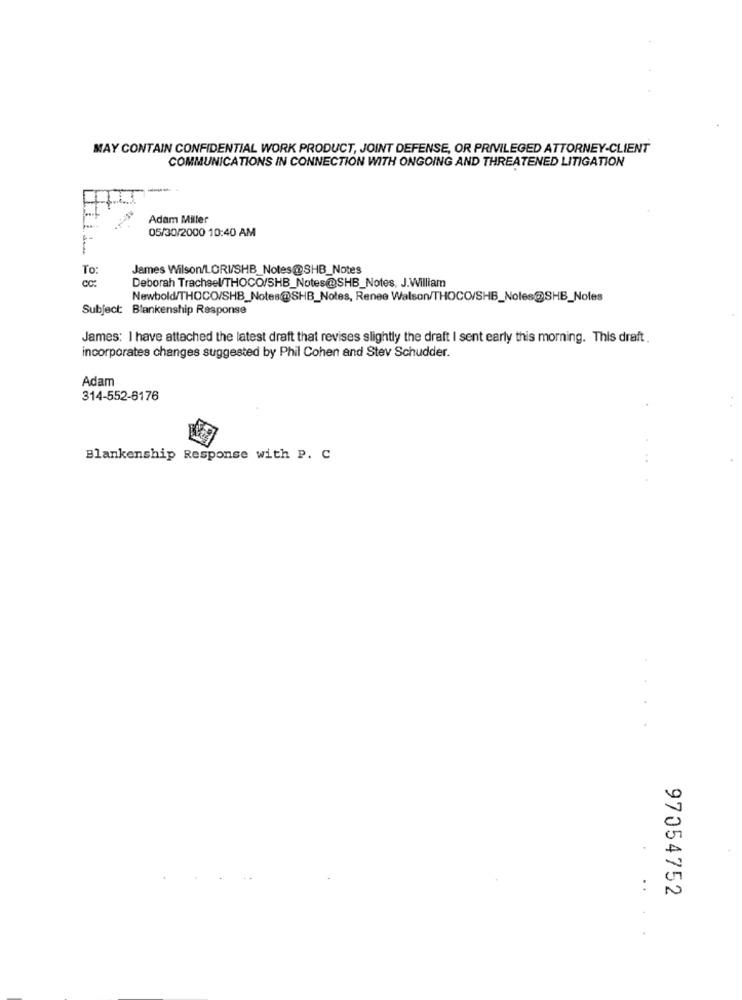
MAY CONTAIN CONFIDENTIAL WORK PRODUCT, JOINT DEFENSE, OR PRIVILEGED ATTORNEY-CLIENT
COMMUNICATIONS IN CONNECTION WITH ONGOING AND THREATENED LITIGATION
Adam Miller
05/30/2000 10:40 AM
To:
James Wilson/LORI/SHB_Notes@SHB_Notes
CC:
Deborah Trachsel/THOCO/SHB_Notes@SHB_Notes, J.William
Newbold/THOCO/SHB_Notes@SHB_Notes, Renee Walson/THOCO/SHB_Noles@SHB_Noles
Subject: Blankenship Response
James: I have attached the latest draft that revises slightly the draft I sent early this morning. This draft .
incorporates changes suggested by Phil Cohen and Stev Schudder.
Adam
314-552-6176
Blankenship Response with P. C
97054752
..